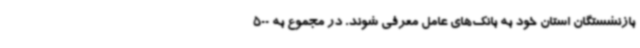
بازنشستگان استان خود به بانک‌های عامل معرفی شوند. در مجموع به 500